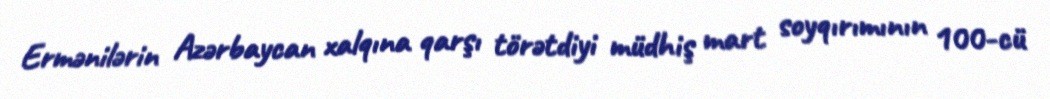
Ermənilərin Azərbaycan xalqına qarşı törətdiyi müdhiş mart soyqırımının 100-cü